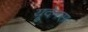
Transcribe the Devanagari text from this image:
यूदेमस